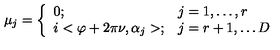
\mu _ { j } = \left\{ \begin{array} { l l } { 0 ; } & { j = 1 , \ldots , r } \\ { i < \varphi + 2 \pi \nu , \alpha _ { j } > ; } & { j = r + 1 , \ldots D } \\ \end{array} \right.